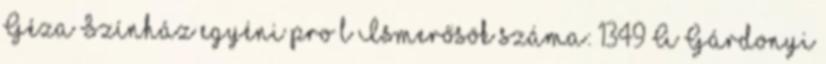
Géza Színház egyéni proﬁl Ismerősök száma: 1349 A Gárdonyi